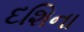
દશિના